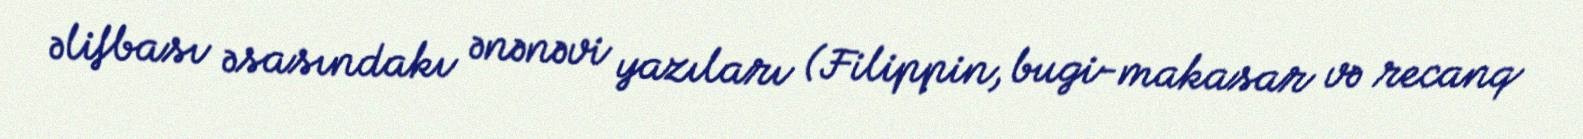
əlifbası əsasındakı ənənəvi yazıları (Filippin, bugi-makasar və recanq